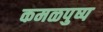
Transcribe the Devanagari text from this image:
कमळपुष्प